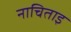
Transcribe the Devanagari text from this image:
नाचिताइ